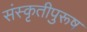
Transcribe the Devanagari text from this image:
संस्कृतीपुरूष